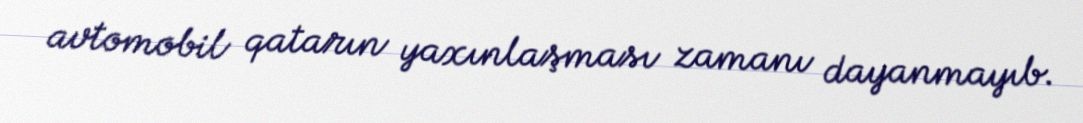
avtomobil qatarın yaxınlaşması zamanı dayanmayıb.